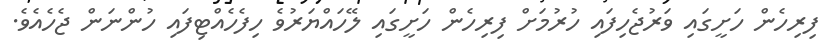
ފިރިހެން ހަށީގައި ވަރުޖެހިފައި ހުރުމަށް ފިރިހެން ހަށީގައި ލޭހައްޔަރުވެ ހިފެހެއްޓިފައި ހުންނަން ޖެހެއެވެ.